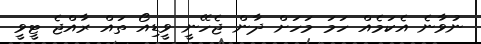
ނުވާނެ އެކަމެއް ހަމަ މަހަށް ދާން ޖެހޭނީ ވީޑިއޯ ތައް ރާއްޖެ ޓީވީ